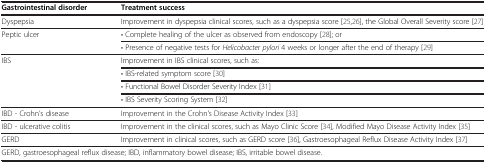
<table><thead><tr><td><b>Gastrointestinal disorder</b></td><td><b>Treatment success</b></td></tr></thead><tbody><tr><td>Dyspepsia</td><td>Improvement in dyspepsia clinical scores, such as a dyspepsia score [25,26], the Global Overall Severity score [27]</td></tr><tr><td rowspan="2">Peptic ulcer</td><td>• Complete healing of the ulcer as observed from endoscopy [28]; or</td></tr><tr><td>• Presence of negative tests for <i>Helicobacter pylori</i> 4 weeks or longer after the end of therapy [29]</td></tr><tr><td rowspan="4">IBS</td><td>Improvement in IBS clinical scores, such as:</td></tr><tr><td>• IBS-related symptom score [30]</td></tr><tr><td>• Functional Bowel Disorder Severity Index [31]</td></tr><tr><td>• IBS Severity Scoring System [32]</td></tr><tr><td>IBD - Crohn’s disease</td><td>Improvement in the Crohn&#x27;s Disease Activity Index [33]</td></tr><tr><td>IBD - ulcerative colitis</td><td>Improvement in the clinical scores, such as Mayo Clinic Score [34], Modified Mayo Disease Activity Index [35]</td></tr><tr><td>GERD</td><td>Improvement in clinical scores, such as GERD score [36], Gastroesophageal Reflux Disease Activity Index [37]</td></tr><tr><td colspan="2">GERD, gastroesophageal reflux disease; IBD, inflammatory bowel disease; IBS, irritable bowel disease.</td></tr></tbody></table>